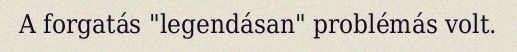
A forgatás "legendásan" problémás volt.